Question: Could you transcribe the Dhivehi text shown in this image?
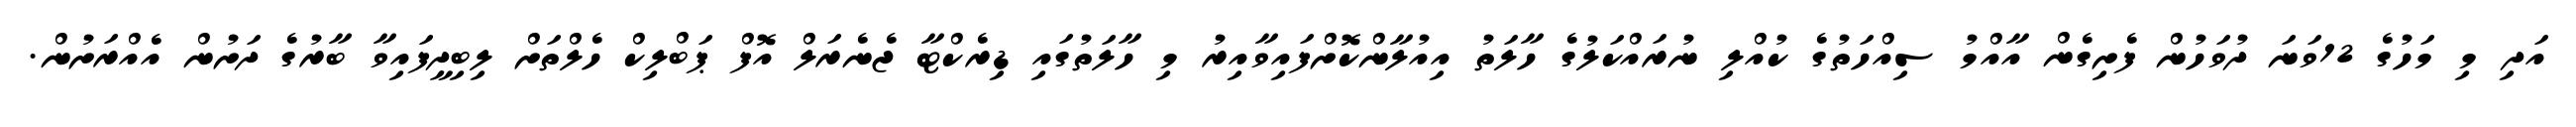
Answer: އަދި މި މަހުގެ 12ވަނަ ދުވަހުން ފެށިގެން އާއްމު ސިއްހަތުގެ ކުއްލި ނުރައްކަލުގެ ހާލަތު އިއުލާންކޮށްފައިވާއިރު މި ހާލަތުގައި ޑިރެކްޓާ ޖެނެރަލް އޮފް ޕަބްލިކް ހެލްތަށް ލިބިދީފައިވާ ބާރުގެ ދަށުން އެއްރަށުން.